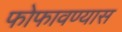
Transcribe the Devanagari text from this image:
फोफावण्यास